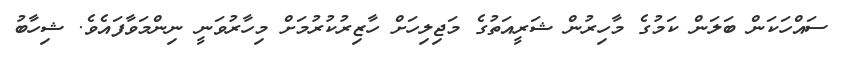
ސައްހަކަން ބަލަން ކަމުގެ މާހިރުން ޝަރީއަތުގެ މަޖިލިހަށް ހާޒިރުކުރުމަށް މިހާރުވަނީ ނިންމަވާފައެވެ. ޝިހާބު